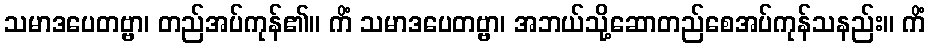
သမာဒပေတဗ္ဗာ၊ တည်အပ်ကုန်၏။ ကိံ သမာဒပေတဗ္ဗာ၊ အဘယ်သို့ဆောတည်စေအပ်ကုန်သနည်း။ ကိံ